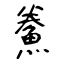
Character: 鮝